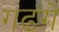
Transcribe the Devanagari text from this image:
गढगे